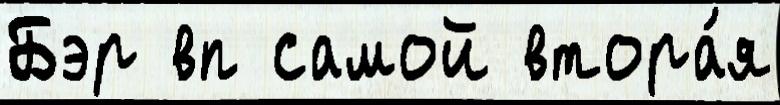
Бэр вп самой втора́я